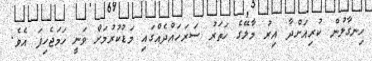
ހިނގާލުން ކުރިއަށްދާ އިރު މާލޭގެ ހަތަރު ސަރަހައްދެއްގައި މަޑުކުރުމަށް ވަނީ ހަމަޖެހިފަ އެވެ.